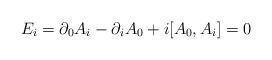
\begin{align*}E_{i} = \partial_{0}A_{i} - \partial_{i}A_{0} + i[A_{0}, A_{i}] = 0\end{align*}